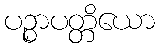
ပဉ္စာပတ္တိယော